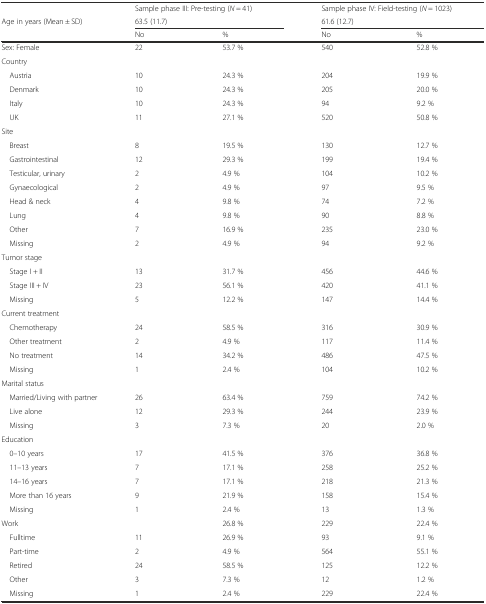
<table><thead><tr><td></td><td colspan="2"><b>Sample phase III: Pre-testing (<i>N</i> = 41)</b></td><td colspan="2"><b>Sample phase IV: Field-testing (<i>N</i> = 1023)</b></td></tr><tr><td><b>Age in years (Mean ± SD)</b></td><td colspan="2"><b>63.5 (11.7)</b></td><td colspan="2"><b>61.6 (12.7)</b></td></tr><tr><td></td><td><b>No</b></td><td><b>%</b></td><td><b>No</b></td><td><b>%</b></td></tr></thead><tbody><tr><td>Sex: Female</td><td>22</td><td>53.7 %</td><td>540</td><td>52.8 %</td></tr><tr><td colspan="5">Country</td></tr><tr><td> Austria</td><td>10</td><td>24.3 %</td><td>204</td><td>19.9 %</td></tr><tr><td> Denmark</td><td>10</td><td>24.3 %</td><td>205</td><td>20.0 %</td></tr><tr><td> Italy</td><td>10</td><td>24.3 %</td><td>94</td><td>9.2 %</td></tr><tr><td> UK</td><td>11</td><td>27.1 %</td><td>520</td><td>50.8 %</td></tr><tr><td colspan="5">Site</td></tr><tr><td> Breast</td><td>8</td><td>19.5 %</td><td>130</td><td>12.7 %</td></tr><tr><td> Gastrointestinal</td><td>12</td><td>29.3 %</td><td>199</td><td>19.4 %</td></tr><tr><td> Testicular, urinary</td><td>2</td><td>4.9 %</td><td>104</td><td>10.2 %</td></tr><tr><td> Gynaecological</td><td>2</td><td>4.9 %</td><td>97</td><td>9.5 %</td></tr><tr><td> Head &amp; neck</td><td>4</td><td>9.8 %</td><td>74</td><td>7.2 %</td></tr><tr><td> Lung</td><td>4</td><td>9.8 %</td><td>90</td><td>8.8 %</td></tr><tr><td> Other</td><td>7</td><td>16.9 %</td><td>235</td><td>23.0 %</td></tr><tr><td> Missing</td><td>2</td><td>4.9 %</td><td>94</td><td>9.2 %</td></tr><tr><td colspan="5">Tumor stage</td></tr><tr><td> Stage I + II</td><td>13</td><td>31.7 %</td><td>456</td><td>44.6 %</td></tr><tr><td> Stage III + IV</td><td>23</td><td>56.1 %</td><td>420</td><td>41.1 %</td></tr><tr><td> Missing</td><td>5</td><td>12.2 %</td><td>147</td><td>14.4 %</td></tr><tr><td colspan="5">Current treatment</td></tr><tr><td> Chemotherapy</td><td>24</td><td>58.5 %</td><td>316</td><td>30.9 %</td></tr><tr><td> Other treatment</td><td>2</td><td>4.9 %</td><td>117</td><td>11.4 %</td></tr><tr><td> No treatment</td><td>14</td><td>34.2 %</td><td>486</td><td>47.5 %</td></tr><tr><td> Missing</td><td>1</td><td>2.4 %</td><td>104</td><td>10.2 %</td></tr><tr><td colspan="5">Marital status</td></tr><tr><td> Married/Living with partner</td><td>26</td><td>63.4 %</td><td>759</td><td>74.2 %</td></tr><tr><td> Live alone</td><td>12</td><td>29.3 %</td><td>244</td><td>23.9 %</td></tr><tr><td> Missing</td><td>3</td><td>7.3 %</td><td>20</td><td>2.0 %</td></tr><tr><td colspan="5">Education</td></tr><tr><td> 0–10 years</td><td>17</td><td>41.5 %</td><td>376</td><td>36.8 %</td></tr><tr><td> 11–13 years</td><td>7</td><td>17.1 %</td><td>258</td><td>25.2 %</td></tr><tr><td> 14–16 years</td><td>7</td><td>17.1 %</td><td>218</td><td>21.3 %</td></tr><tr><td> More than 16 years</td><td>9</td><td>21.9 %</td><td>158</td><td>15.4 %</td></tr><tr><td> Missing</td><td>1</td><td>2.4 %</td><td>13</td><td>1.3 %</td></tr><tr><td>Work</td><td></td><td>26.8 %</td><td>229</td><td>22.4 %</td></tr><tr><td> Fulltime</td><td>11</td><td>26.9 %</td><td>93</td><td>9.1 %</td></tr><tr><td> Part-time</td><td>2</td><td>4.9 %</td><td>564</td><td>55.1 %</td></tr><tr><td> Retired</td><td>24</td><td>58.5 %</td><td>125</td><td>12.2 %</td></tr><tr><td> Other</td><td>3</td><td>7.3 %</td><td>12</td><td>1.2 %</td></tr><tr><td> Missing</td><td>1</td><td>2.4 %</td><td>229</td><td>22.4 %</td></tr></tbody></table>